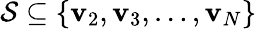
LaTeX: {\cal S}\subseteq\{ \mathbf{v}_{2},\mathbf{v}_{3},\dots,\mathbf{v}_{N}\}